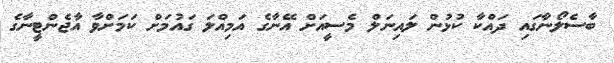
ބާސެލޯނާގައި ދައްކާ ކުޅުން ލައިނަލް މެސީއަށް އޭނާގެ އަމިއްލަ ގައުމަށް ކަމަށްވާ އާޖެންޓީނާގެ